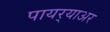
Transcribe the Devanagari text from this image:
पायर्‍याअर